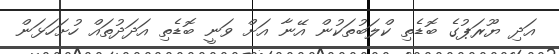
އަދި ޔޫރަޕުގެ ބޮޑެތި ކްލަބުތަކުން އޭނާ އަށް ވަނީ ބޮޑެތި އަދަދުތައް ހުށަހަޅަން